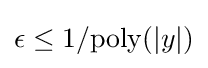
\epsilon \leq 1/\mathrm {poly} (|y|)